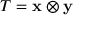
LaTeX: T = \mathbf { x } \otimes \mathbf { y }